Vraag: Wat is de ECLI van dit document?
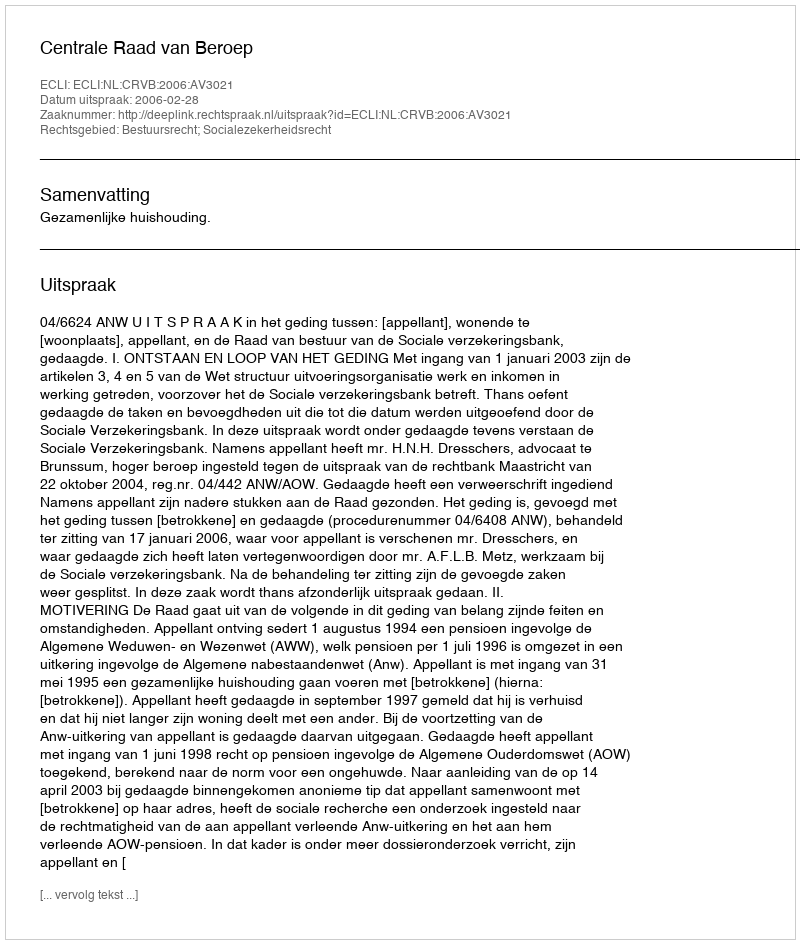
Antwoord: ECLI:NL:CRVB:2006:AV3021